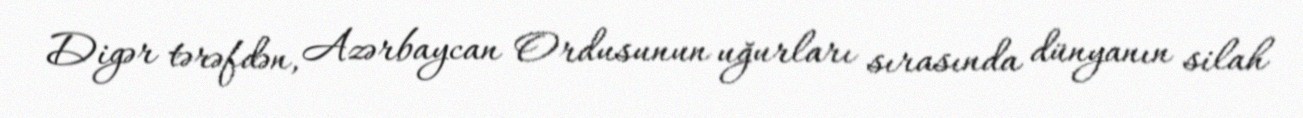
Digər tərəfdən, Azərbaycan Ordusunun uğurları sırasında dünyanın silah